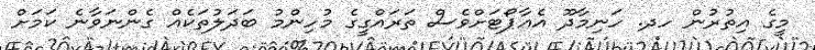
މީގެ އިތުރުން ހދ. ހަނިމާދޫ އެއާޕޯޓަށްވެސް ތަރައްގީގެ މުހިންމު ބަދަލުތަކެއް ގެންނަވާނެ ކަމަށް